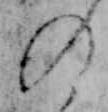
の